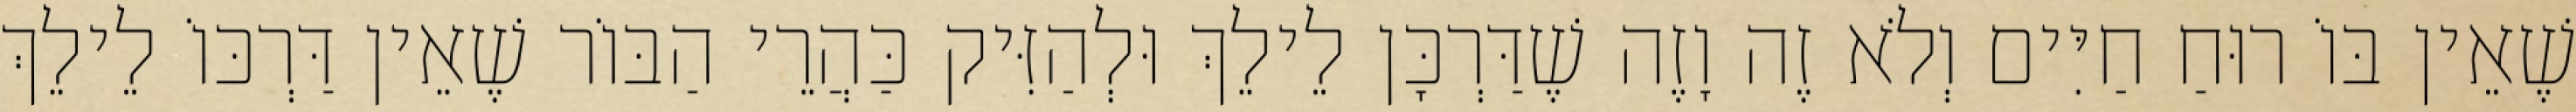
שֶׁאֵין בּוֹ רוּחַ חַיִּים וְלֹא זֶה וָזֶה שֶׁדַּרְכָּן לֵילֵךְ וּלְהַזִּיק כַּהֲרֵי הַבּוֹר שֶׁאֵין דַּרְכּוֹ לֵילֵךְ